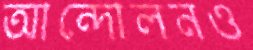
আন্দোলনও